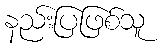
နည်းပြဖြစ်သူ